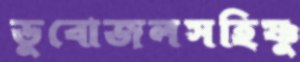
ডুবোজলসহিষ্ণু